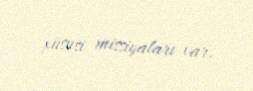
xüsusi missiyaları var.